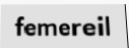
femereil